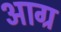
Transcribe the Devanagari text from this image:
आग्र